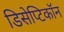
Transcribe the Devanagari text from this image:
डिसेप्टिकॉन